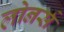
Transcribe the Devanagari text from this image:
लोनर्स